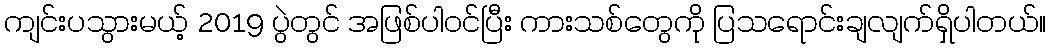
ကျင်းပသွားမယ့် 2019 ပွဲတွင် အဖြစ်ပါဝင်ပြီး ကားသစ်တွေကို ပြသရောင်းချလျက်ရှိပါတယ်။